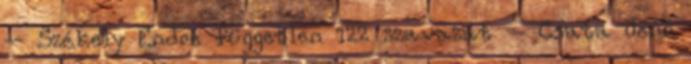
– Székely Endre független 122 szavazat – Csata Jenő